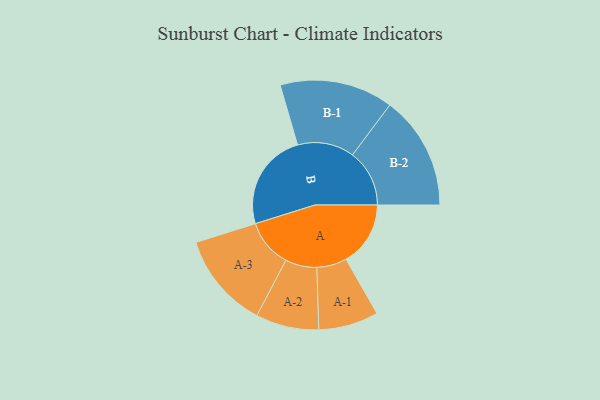
{"axis": {"x": "Segment", "y": "Value"}, "legend": ["", "A", "B"], "data": [{"x": "A", "y": 325, "type": ""}, {"x": "B", "y": 492, "type": ""}, {"x": "A-1", "y": 151, "type": "A"}, {"x": "A-2", "y": 159, "type": "A"}, {"x": "A-3", "y": 242, "type": "A"}, {"x": "B-1", "y": 286, "type": "B"}, {"x": "B-2", "y": 287, "type": "B"}]}